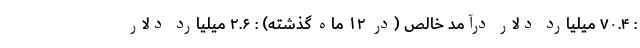
: ۷۰.۴ میلیارد دلار درآمد خالص (در ۱۲ ماه گذشته) : ۲.۶ میلیارد دلار